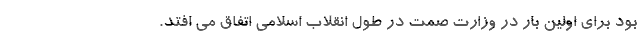
بود برای اولین بار در وزارت صمت در طول انقلاب اسلامی اتفاق می افتد.